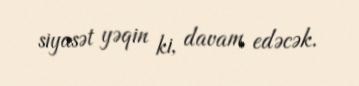
siyasət yəqin ki, davam edəcək.